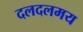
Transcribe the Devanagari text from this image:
दलदलमय